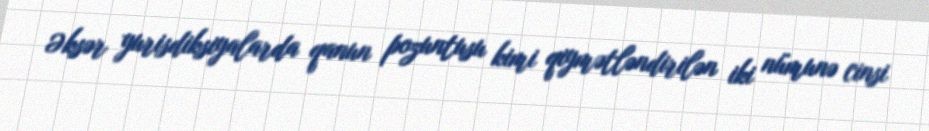
Əksər yurisdiksiyalarda qanun pozuntusu kimi qiymətləndirilən iki nümunə cinsi